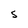
Character: S